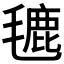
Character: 𪵡